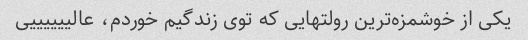
یکی از خوشمزه‌ترین رولتهایی که توی زندگیم خوردم، عالییییییی